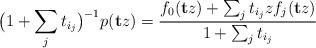
LaTeX: \begin{align*}\big(1 + \sum_j t_{i_j}\big)^{-1}p(\mathbf{t}z) = \frac{f_0(\mathbf{t}z) + \sum_j t_{i_j}z f_j(\mathbf{t}z)}{1 + \sum_j t_{i_j}}\end{align*}